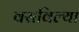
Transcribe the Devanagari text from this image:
वसविल्या